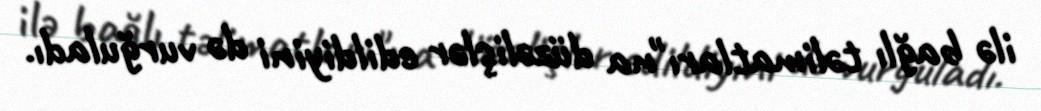
ilə bağlı təlimatları"na düzəlişlər edildiyini də vurğuladı.